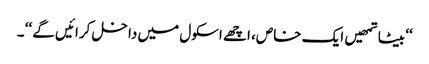
‘‘ بیٹا تمھیں ایک خاص، اچھے اسکول میں داخل کرائیں گے ‘‘ ۔